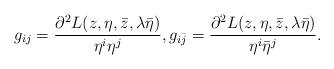
LaTeX: \begin{align*} g_{ij} = \dfrac{\partial^{2}L(z, \eta, \bar{z}, \lambda\bar{\eta})}{\eta^i\eta^j}, g_{i\bar{j}} = \dfrac{\partial^{2}L(z, \eta, \bar{z}, \lambda\bar{\eta})}{\eta^i\bar{\eta}^j}. \end{align*}